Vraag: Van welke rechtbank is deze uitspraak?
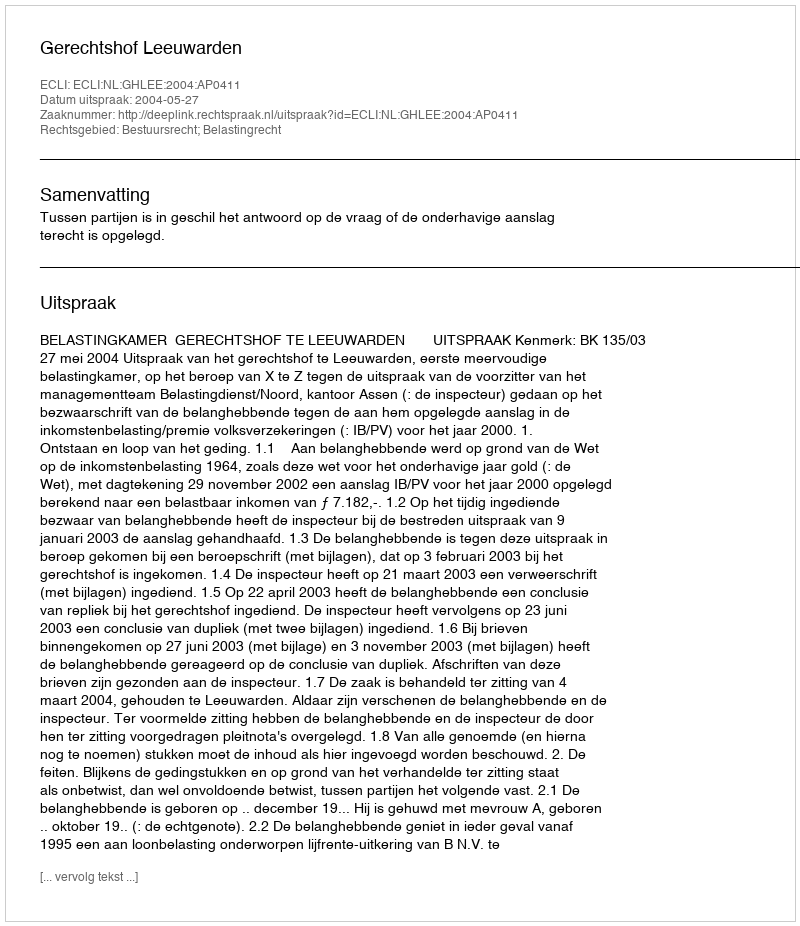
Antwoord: Gerechtshof Leeuwarden